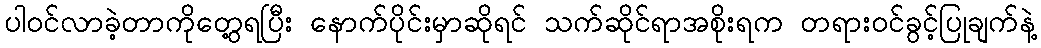
ပါဝင်လာခဲ့တာကိုတွေ့ရပြီး နောက်ပိုင်းမှာဆိုရင် သက်ဆိုင်ရာအစိုးရက တရားဝင်ခွင့်ပြုချက်နဲ့